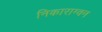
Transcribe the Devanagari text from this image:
निकाराग्वन